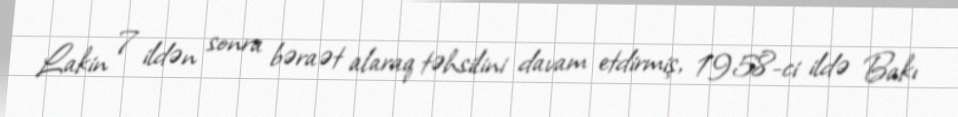
Lakin 7 ildən sonra bəraət alaraq təhsilini davam etdirmiş, 1958-ci ildə Bakı